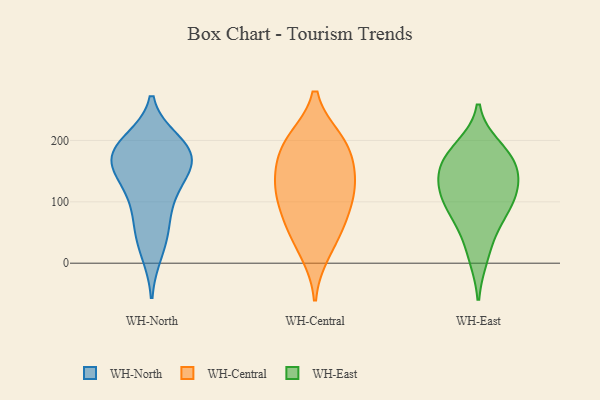
{"axis": {"x": "Backlog", "y": "Value"}, "legend": ["WH-Central", "WH-East", "WH-North"], "data": [{"x": "", "y": 146, "type": "WH-North"}, {"x": "", "y": 182, "type": "WH-North"}, {"x": "", "y": 114, "type": "WH-North"}, {"x": "", "y": 125, "type": "WH-North"}, {"x": "", "y": 183, "type": "WH-North"}, {"x": "", "y": 70, "type": "WH-North"}, {"x": "", "y": 167, "type": "WH-North"}, {"x": "", "y": 19, "type": "WH-North"}, {"x": "", "y": 174, "type": "WH-North"}, {"x": "", "y": 51, "type": "WH-North"}, {"x": "", "y": 196, "type": "WH-North"}, {"x": "", "y": 179, "type": "WH-North"}, {"x": "", "y": 62, "type": "WH-Central"}, {"x": "", "y": 161, "type": "WH-Central"}, {"x": "", "y": 116, "type": "WH-Central"}, {"x": "", "y": 188, "type": "WH-Central"}, {"x": "", "y": 134, "type": "WH-Central"}, {"x": "", "y": 19, "type": "WH-Central"}, {"x": "", "y": 59, "type": "WH-Central"}, {"x": "", "y": 200, "type": "WH-Central"}, {"x": "", "y": 199, "type": "WH-Central"}, {"x": "", "y": 97, "type": "WH-Central"}, {"x": "", "y": 127, "type": "WH-Central"}, {"x": "", "y": 173, "type": "WH-East"}, {"x": "", "y": 153, "type": "WH-East"}, {"x": "", "y": 104, "type": "WH-East"}, {"x": "", "y": 109, "type": "WH-East"}, {"x": "", "y": 58, "type": "WH-East"}, {"x": "", "y": 11, "type": "WH-East"}, {"x": "", "y": 82, "type": "WH-East"}, {"x": "", "y": 141, "type": "WH-East"}, {"x": "", "y": 119, "type": "WH-East"}, {"x": "", "y": 188, "type": "WH-East"}, {"x": "", "y": 169, "type": "WH-East"}]}